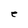
Character: e